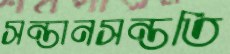
সন্তানসন্ততি